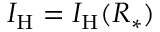
I _ { \mathrm { H } } = { \cal I } _ { \mathrm { H } } ( R _ { * } )